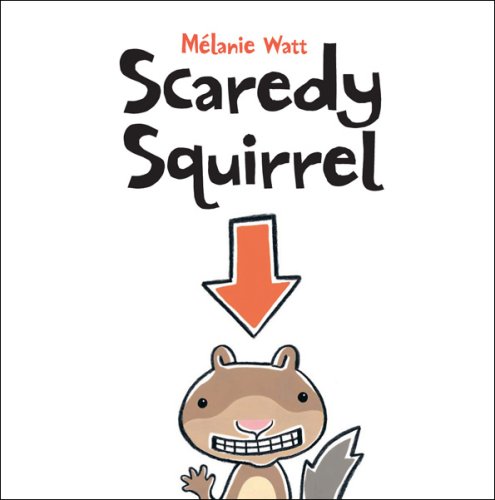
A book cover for Scaredy Squirrel; Melanie Watt; Business & Money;